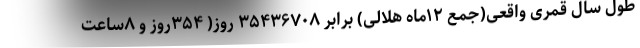
طول سال قمری واقعی(جمع ۱۲ماه هلالی) برابر ۳۵۴۳۶۷۰۸ روز( ۳۵۴روز و ۸ساعت